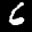
Label: 6